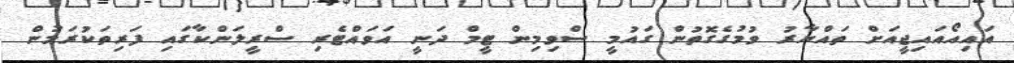
އައިއޯއައިޖީއަށް ތައްޔާރު ވުމުގެގޮތުން ގައުމީ ސްވިމިން ޓީމް ދަނީ އަވައްޓެރި ސްރީލަންކާގައި ފަރިތަކުރަމުން